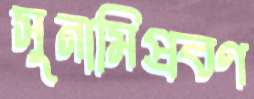
সুনামিপ্রবণ